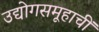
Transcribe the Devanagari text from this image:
उद्योगसमूहाचीं